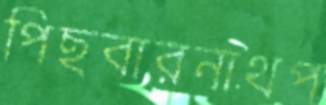
পিছবারনাথপ